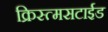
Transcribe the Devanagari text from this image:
क्रिस्त्मसटाईड